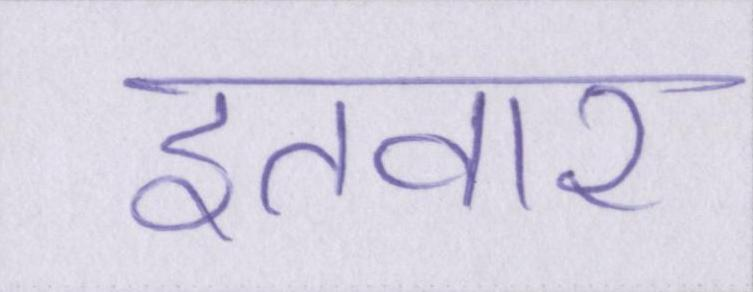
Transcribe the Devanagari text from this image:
इतवार